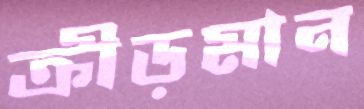
ক্রীড়মান